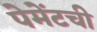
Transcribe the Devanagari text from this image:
पेमेंटची